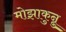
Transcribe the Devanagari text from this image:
मोझाकुन्नु